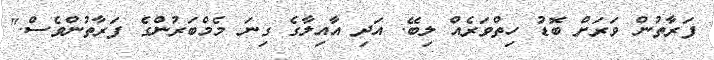
ފަރާތުން ވަރަށް ބޮޑު ހިތްވަރެއް ލިބޭ. އަދި އާއިލާގެ ގިނަ މެމްބަރުންގެ ފަރާތުންވެސް."